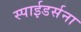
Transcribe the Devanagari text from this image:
स्पाईडर्सना